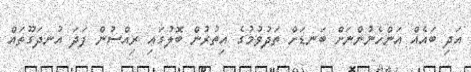
އަދި ބައެއް އަންހެނުންނަށް ބަނޑަށް ތަދުވުމުގެ އިތުރުން ބޮލުގައި ރިއްސުން ފަދަ އުނދަގޫތައް